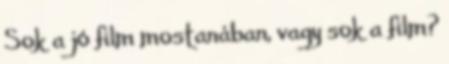
Sok a jó film mostanában, vagy sok a film?